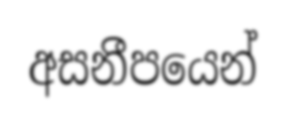
අසනීපයෙන්